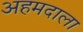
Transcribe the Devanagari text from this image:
अहमदाला